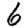
Digit: 6